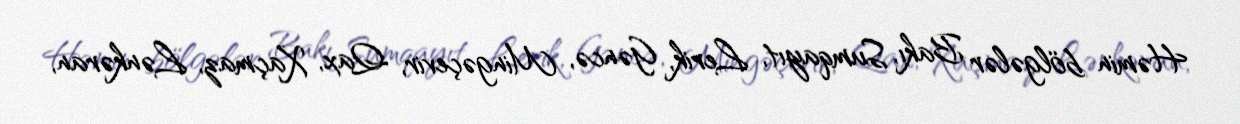
Həmin bölgələr Bakı, Sumqayıt, Lerik, Gəncə, Mingəçevir, Qax, Xaçmaz, Lənkəran,